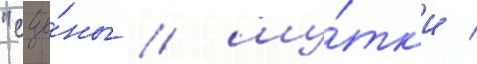
"сце́ны / шу́тк'и /